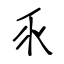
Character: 乑